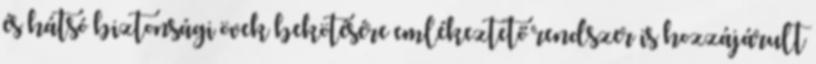
és hátsó biztonsági övek bekötésére emlékeztető rendszer is hozzájárult